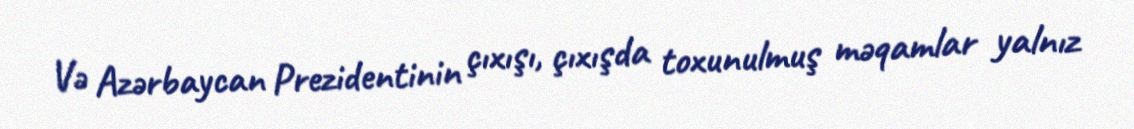
Və Azərbaycan Prezidentinin çıxışı, çıxışda toxunulmuş məqamlar yalnız